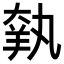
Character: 𦎃